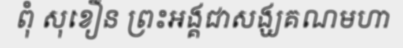
ពុំ សុខឿន ព្រះអង្គជាសង្ឃគណមហា